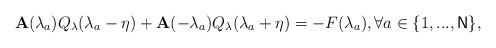
LaTeX: \begin{align*}\mathbf{A}(\lambda _{a})Q_{\mathbf{\lambda }}(\lambda _{a}-\eta )+\mathbf{A}(-\lambda _{a})Q_{\mathbf{\lambda }}(\lambda_{a}+\eta )=-F(\lambda _{a}),\forall a\in \{1,...,\mathsf{N}\} , \end{align*}